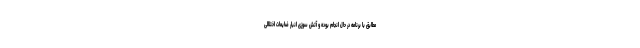
مطابق با برنامه در حال انجام بوده و آتش سوزی انبار ضایعات اختلالی